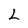
Character: 2